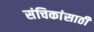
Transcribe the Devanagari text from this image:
संचिकांसाठी